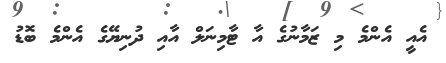
އެއީ އެންމެ މި ޒަމާނުގެ އާ ޓާމިނަލް އާއި ދުނިޔޭގެ އެންމެ ބޮޑު